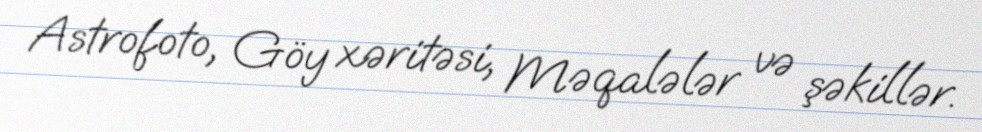
Astrofoto, Göy xəritəsi, Məqalələr və şəkillər.